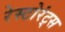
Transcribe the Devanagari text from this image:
रेस्टोरंट्स